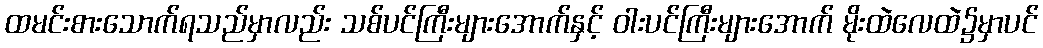
ထမင်းစားသောက်ရသည်မှာလည်း သစ်ပင်ကြီးများအောက်နှင့် ဝါးပင်ကြီးများအောက် မိုးထဲလေထဲ၌မှာပင်